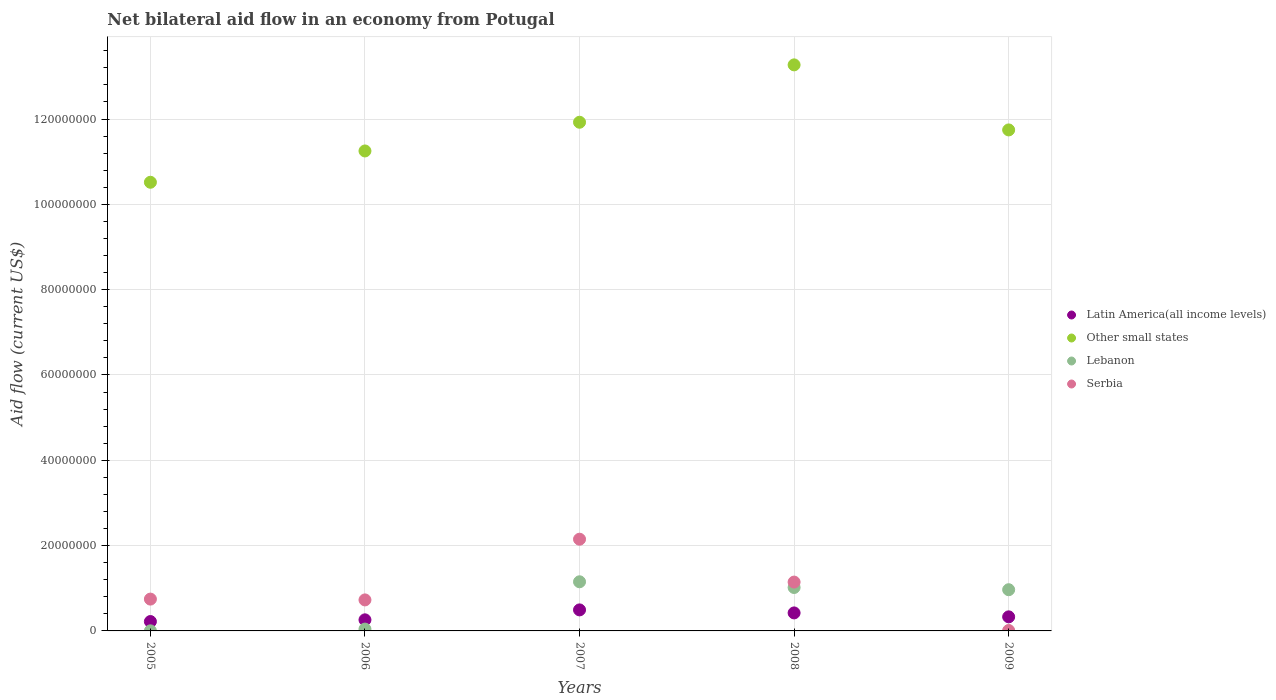
| Years | Latin America(all income levels) | Other small states | Lebanon | Serbia |
 | --- | --- | --- | --- | --- |
 | 2005 | 2.2e+06 | 1.05e+08 | 2e+04 | 7.46e+06 |
 | 2006 | 2.6e+06 | 1.13e+08 | 4.3e+05 | 7.27e+06 |
 | 2007 | 4.93e+06 | 1.19e+08 | 1.15e+07 | 2.15e+07 |
 | 2008 | 4.22e+06 | 1.33e+08 | 1.02e+07 | 1.14e+07 |
 | 2009 | 3.3e+06 | 1.17e+08 | 9.66e+06 | 1e+05 |